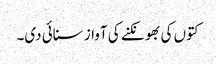
کتوں کی بھونکنے کی آواز سنائی دی۔